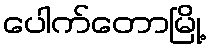
ပေါက်တောမြို့